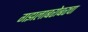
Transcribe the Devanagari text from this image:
गझलाबरोबरचा